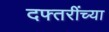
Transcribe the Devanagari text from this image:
दफ्तरींच्या